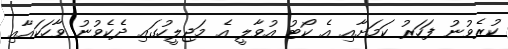
ކުރެވުނު ފަހަރު ކަމަށާއި އެ ކޯޓު އުވާލީ އެ މަޖިލީހުގައި ދެކެވުނު ވާހަކައާއި